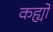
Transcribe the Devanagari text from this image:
कह्यों